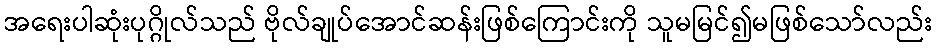
အရေးပါဆုံးပုဂ္ဂိုလ်သည် ဗိုလ်ချုပ်အောင်ဆန်းဖြစ်ကြောင်းကို သူမမြင်၍မဖြစ်သော်လည်း